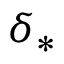
\delta _ { * }